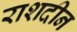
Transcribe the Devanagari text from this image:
राशदीन